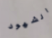
الشهود